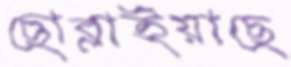
ছোব্‌লাইয়াছে